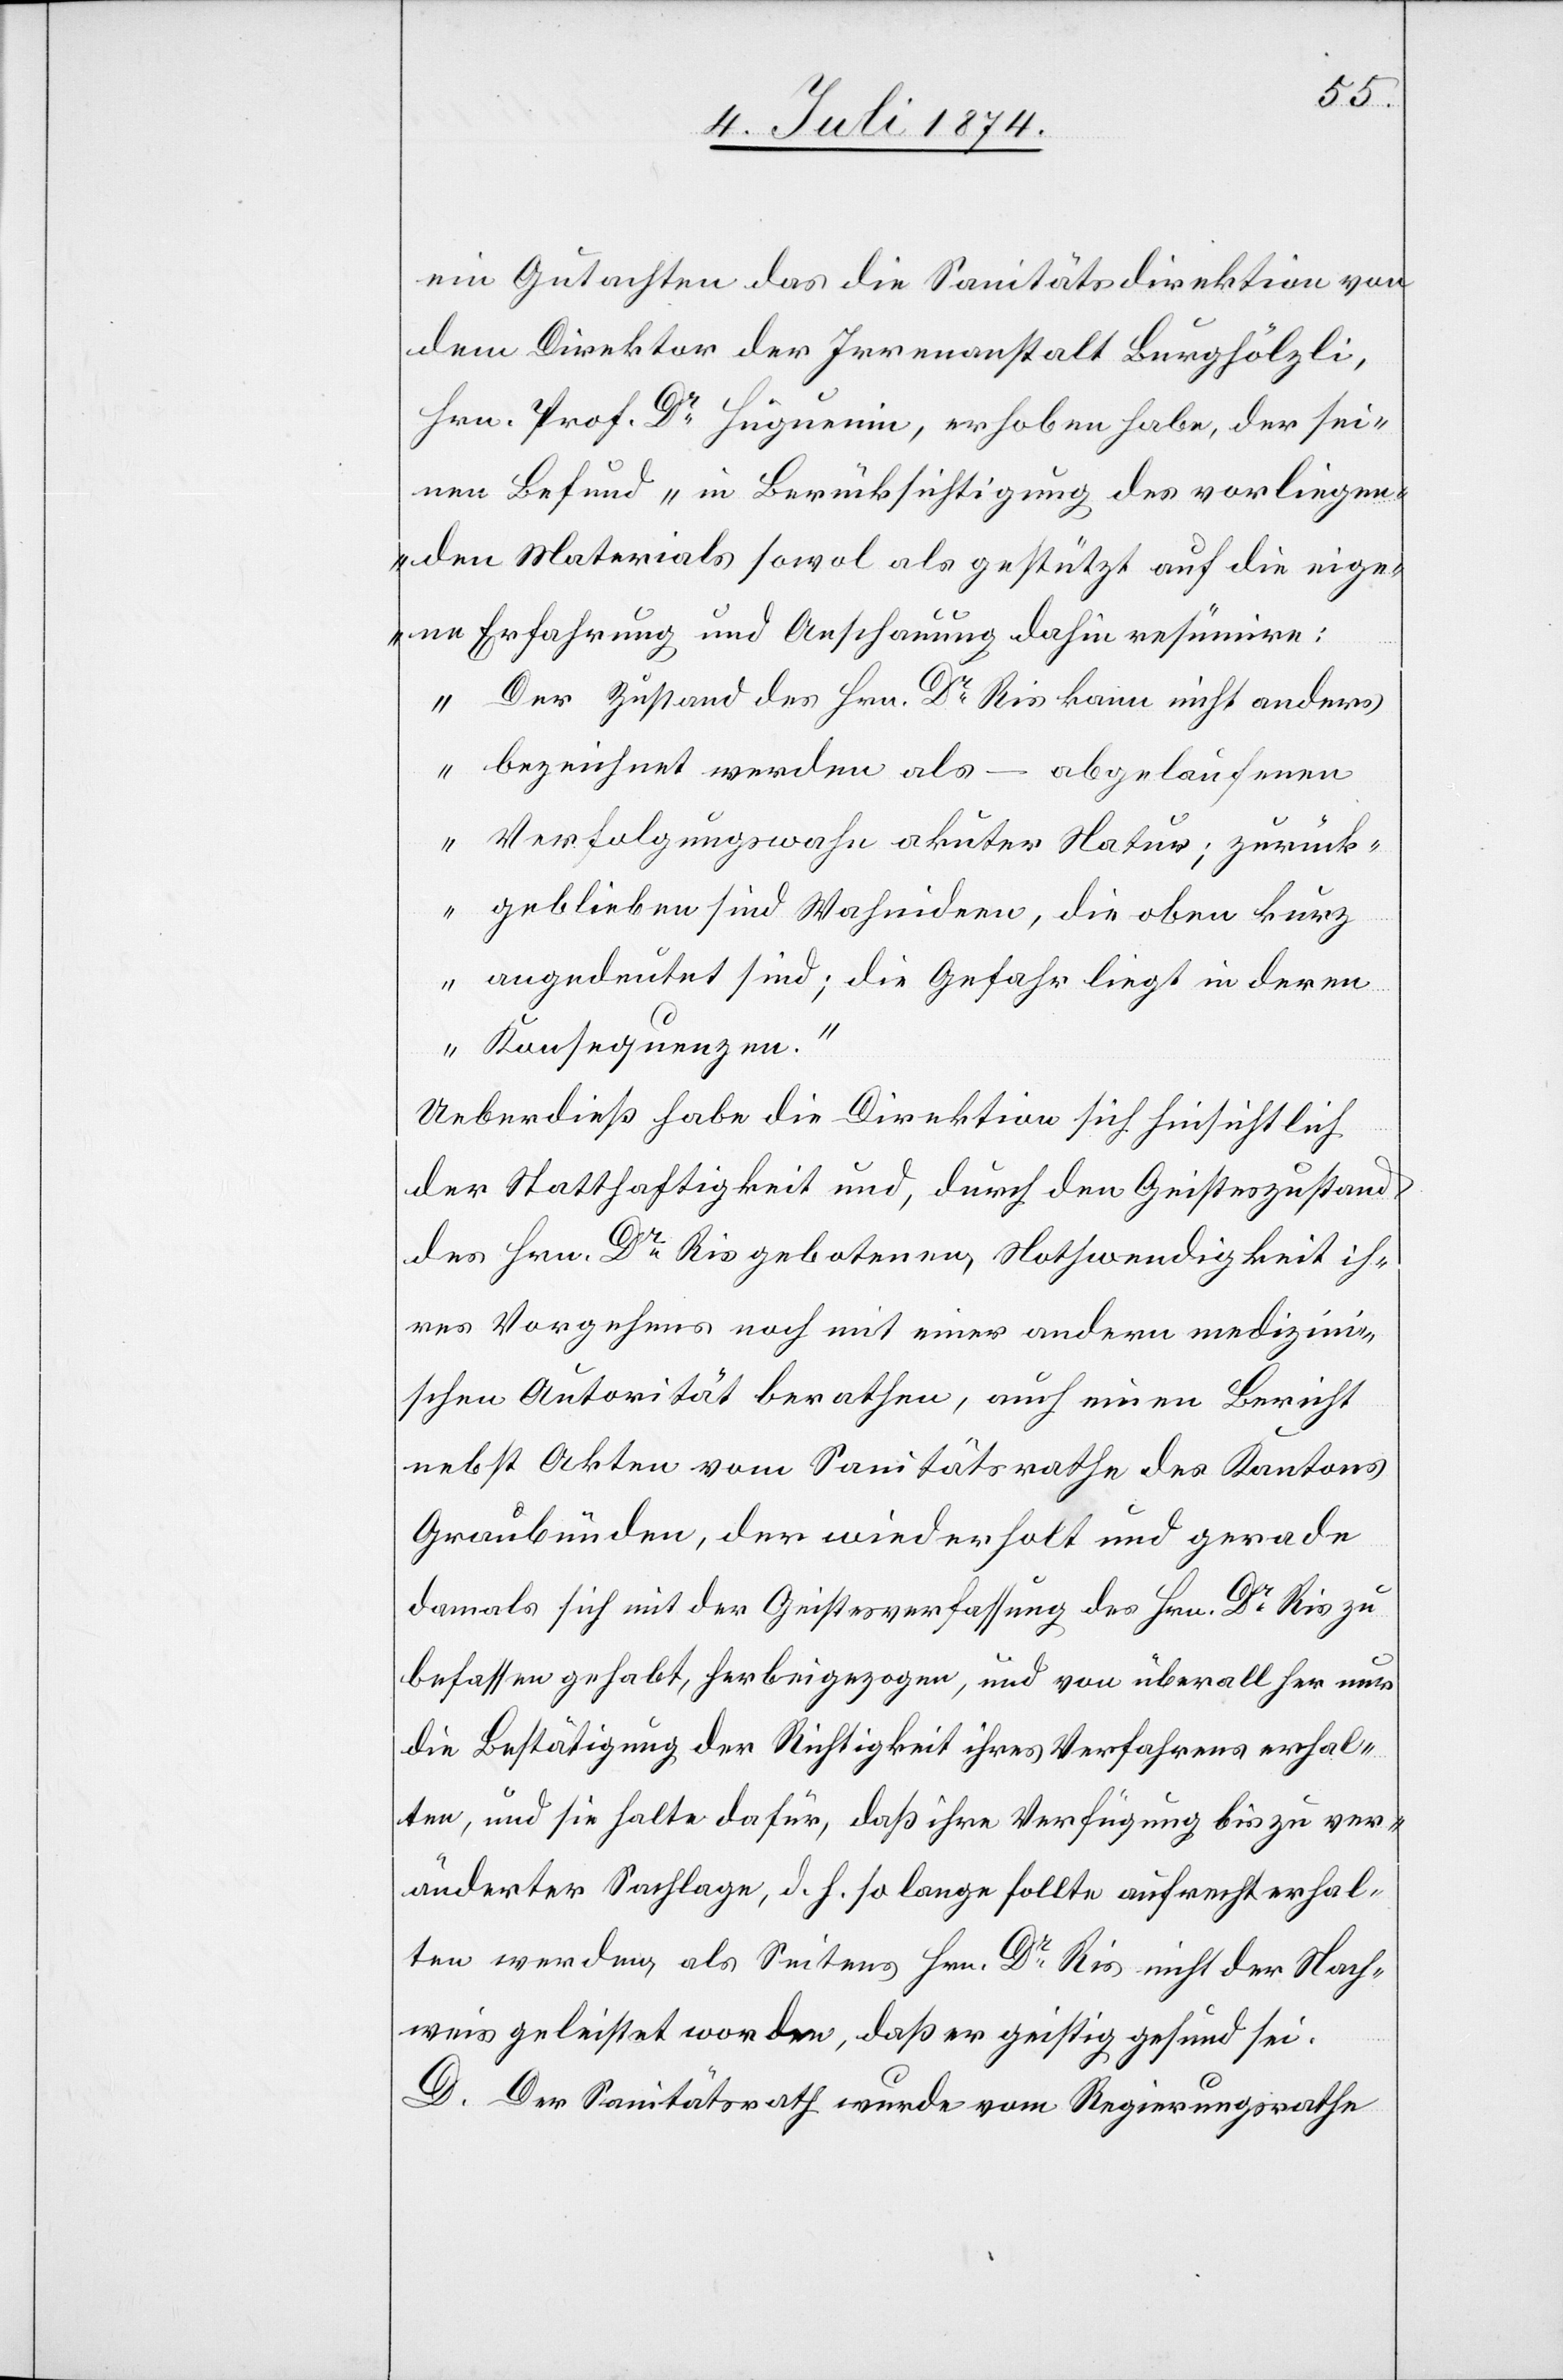
ein Gutachten das die Sanitätsdirektion von
dem Direktor der Irrenanstalt Burghölzli,
Hrn. Prof. Dr Hüguenin, erhoben haben, der sei¬
nen Befund „in Berücksichtigung des vorliegen¬
den Materials sowol als gestützt auf die eige¬
ne Erfahrung und Anschauung dahin resümire:
Der Zustand des Hrn. Dr Ris kann nicht anders
bezeichnet werden als – abgelaufenen
Verfolgungswahn akuter Natur; zurück¬
geblieben sind Wahnideen, die oben kurz
angedeutet sind; die Gefahr liegt in deren
Konseqenzen.“
Ueberdieß habe die Direktion sich hinsichtlich
der Statthaftigkeit und, durch den Geisteszustand
des Hrn. Dr Ris gebotenen Nothwendigkeit ih¬
res Vorgehens noch mit einer andern medizin¬
ischen Autorität berathen, auch einen Bericht
nebst Akten vom Sanitätsrathe des Kantons
Graubünden, der wiederholt und gerade
damals sich mit der Geistesverfassung des Hrn. Dr Ris zu
befassen gehabt, herbeigezogen, und von überall her nur
die Bestätigung der Richtigkeit ihres Verfahrens erhal¬
ten, und sie halte dafür, daß ihre Verfügung bis zu ver¬
änderter Sachlage, d. h. so lange sollte aufrecht erhal¬
ten werden, als Seitens Hrn. Dr Ris nicht der Nach¬
wies geleistet worden, daß er geistig gesund sei.
D. Der Sanitätsrath wurde vom Regierungsrathe